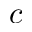
c